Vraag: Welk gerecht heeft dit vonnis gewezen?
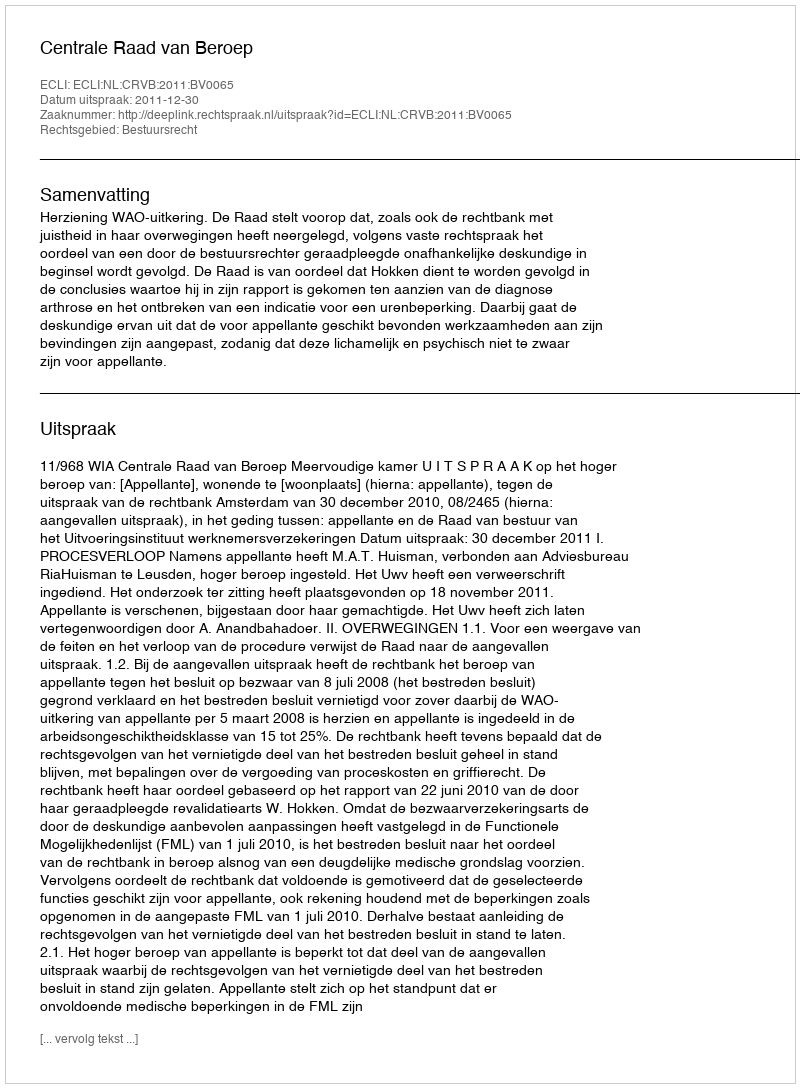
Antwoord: Centrale Raad van Beroep